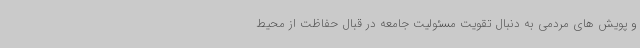
و پویش های مردمی به دنبال تقویت مسئولیت جامعه در قبال حفاظت از محیط